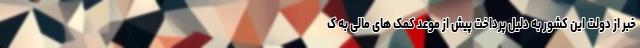
خبر از دولت این کشور به دلیل پرداخت پیش از موعد کمک های مالی به ک